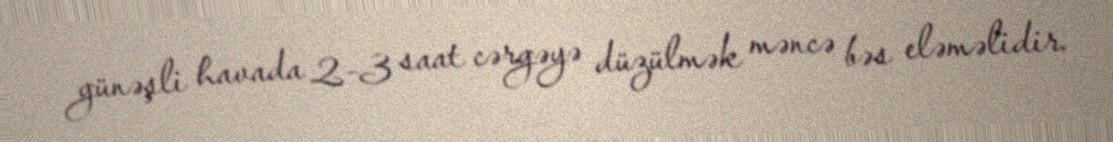
günəşli havada 2-3 saat cərgəyə düzülmək məncə bəs eləməlidir.